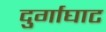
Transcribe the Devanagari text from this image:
दुर्गाघाट